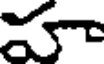
హా